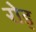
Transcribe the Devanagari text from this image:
रोड्